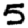
Digit: 5